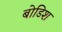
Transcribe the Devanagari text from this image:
बोडिश